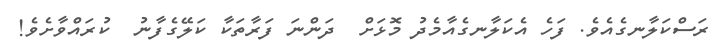
ރަސްކަލާނގެއެވެ. ފަހެ އެކަލާނގެއާމެދު މޮޅަށް  ދަންނަ ފަރާތަކާ ކަލޭގެފާނު  ކުރައްވާށެވެ!